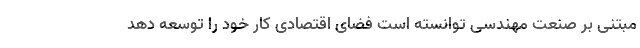
مبتنی بر صنعت مهندسی توانسته است فضای اقتصادی کار خود را توسعه دهد